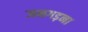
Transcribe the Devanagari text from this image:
जनगड़ना